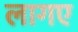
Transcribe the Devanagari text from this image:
लागए